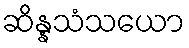
ဆိန္နသံသယော